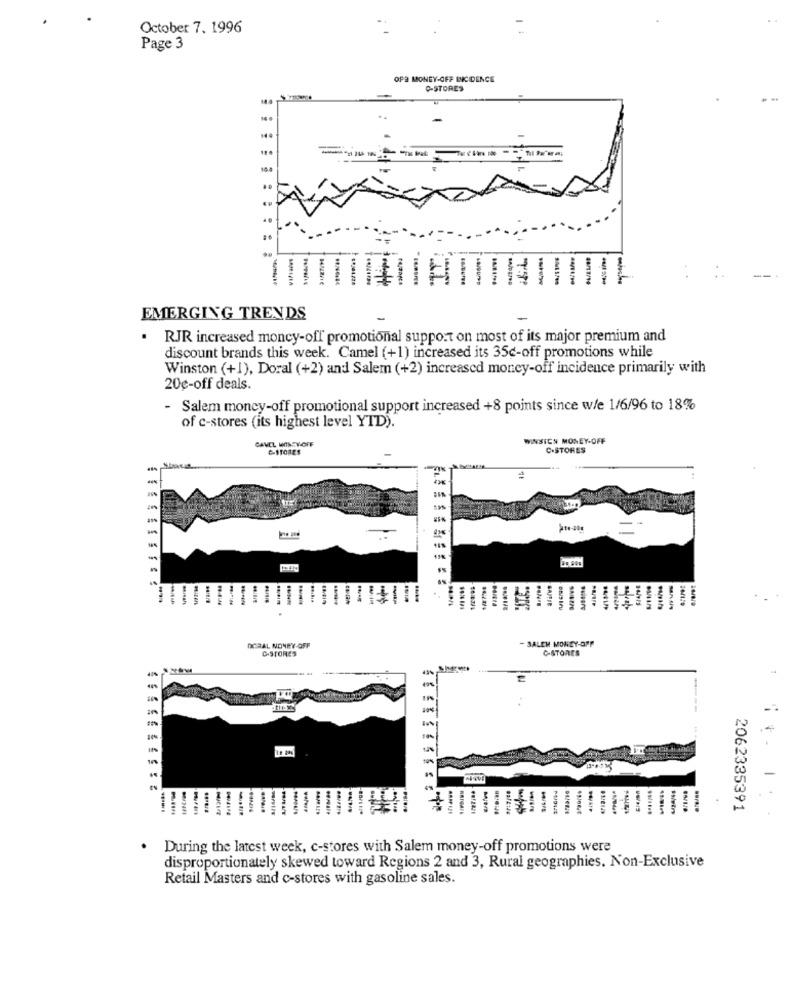
October 7. 1996
Page 3
OPE MONEY-OFF INCIDENCE
C-STORES
-------
-
10
..
-
EMERGING TRENDS
.
RJR increased moncy-off promotional support on most of its major premium and
discount brands this week. Camel (+1) increased its 35c-off promotions while
Winston (+1), Doral (+2) and Salem (+2) increased money-off incidence primarily with
20€-off deals.
- Salem moncy-off promotional support increased +8 points since w/e 1/6/96 to 18%
of c-stores (its highest level YTD).
CAVEL WITNEY-OFF
WINSICH MONEY-OFF
C-STORES
C-STORES
-
-
-
- SALEH MONEY-OFF
DORAL NONFY-OFF
C-STORES
C-STORES
-
-
2062335391
During the latest week, c-stores with Salem money-off promotions were
disproportionately skewed toward Regions 2 and 3, Rural geographies. Non-Exclusive
Retail Masters and c-stores with gasoline sales.